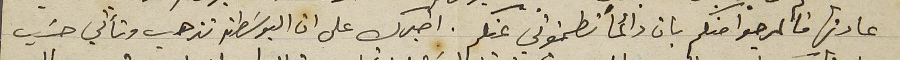
عادتها فالمرجوا منكم بان دائماً تطمنوني عنكم. اخبرك على ان البوسَطة تذهب وتأتي حسَب